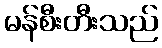
မန်စီးတီးသည်